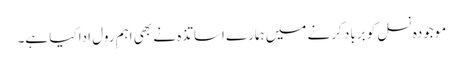
موجودہ نسل کو برباد کرنے میں ہمارے اساتذہ نے بھی اہم رول ادا کیا ہے۔